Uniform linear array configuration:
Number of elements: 4
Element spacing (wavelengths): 1
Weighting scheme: hamming
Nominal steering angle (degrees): -45
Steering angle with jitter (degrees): -44.776
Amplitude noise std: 0.05
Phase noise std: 0.05

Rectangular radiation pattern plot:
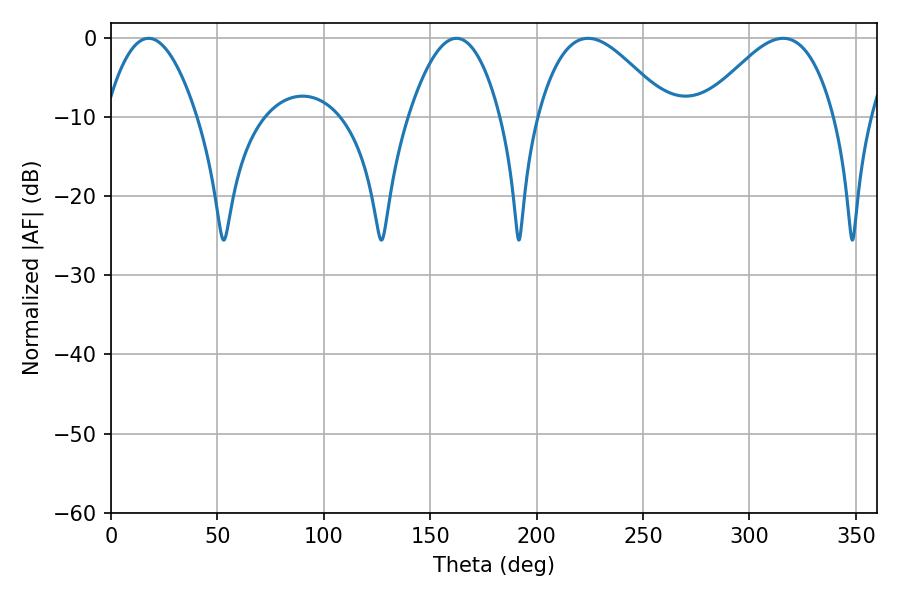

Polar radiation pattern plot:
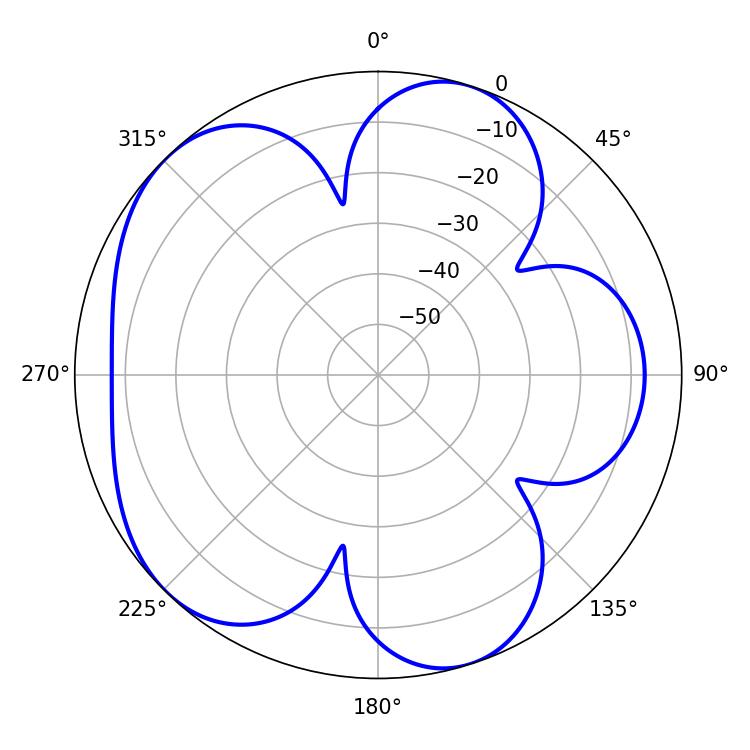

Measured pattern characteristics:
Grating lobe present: TRUE
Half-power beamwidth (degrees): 23.58
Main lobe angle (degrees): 17.64